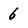
Character: 6